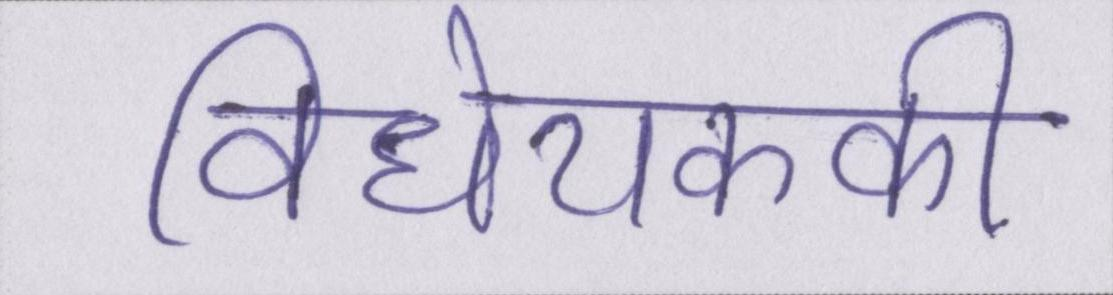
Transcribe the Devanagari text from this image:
विधेयककी